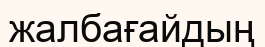
жалбағайдың